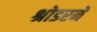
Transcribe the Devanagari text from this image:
श्रोडरने